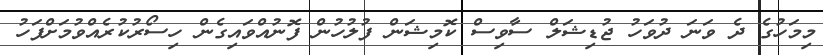
މިމަހުގެ ދެ ވަނަ ދުވަހު ޖުޑިޝަލް ސާވިސް ކޮމިޝަން ފުލުހުން ފޮނުއްވައިގެން ހިސޯރުކުރެއްވުމަށްފަހު